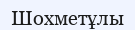
Шохметұлы